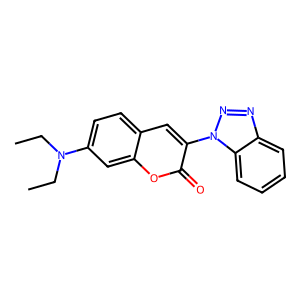
SMILES: CCN(CC)c1ccc2cc(-n3nnc4ccccc43)c(=O)oc2c1
Inhibits HIV replication: No